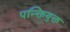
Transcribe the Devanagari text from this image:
पन्क्तियुक्त